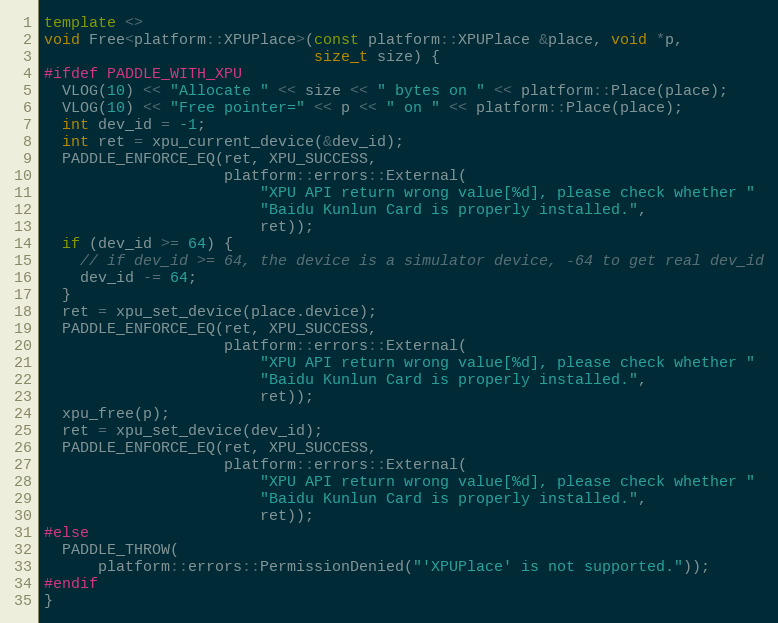
Language: C++
template <>
void Free<platform::XPUPlace>(const platform::XPUPlace &place, void *p,
                              size_t size) {
#ifdef PADDLE_WITH_XPU
  VLOG(10) << "Allocate " << size << " bytes on " << platform::Place(place);
  VLOG(10) << "Free pointer=" << p << " on " << platform::Place(place);
  int dev_id = -1;
  int ret = xpu_current_device(&dev_id);
  PADDLE_ENFORCE_EQ(ret, XPU_SUCCESS,
                    platform::errors::External(
                        "XPU API return wrong value[%d], please check whether "
                        "Baidu Kunlun Card is properly installed.",
                        ret));
  if (dev_id >= 64) {
    // if dev_id >= 64, the device is a simulator device, -64 to get real dev_id
    dev_id -= 64;
  }
  ret = xpu_set_device(place.device);
  PADDLE_ENFORCE_EQ(ret, XPU_SUCCESS,
                    platform::errors::External(
                        "XPU API return wrong value[%d], please check whether "
                        "Baidu Kunlun Card is properly installed.",
                        ret));
  xpu_free(p);
  ret = xpu_set_device(dev_id);
  PADDLE_ENFORCE_EQ(ret, XPU_SUCCESS,
                    platform::errors::External(
                        "XPU API return wrong value[%d], please check whether "
                        "Baidu Kunlun Card is properly installed.",
                        ret));
#else
  PADDLE_THROW(
      platform::errors::PermissionDenied("'XPUPlace' is not supported."));
#endif
}